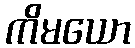
ကိမယော